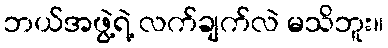
ဘယ်အဖွဲ့ရဲ့ လက်ချက်လဲ မသိဘူး။